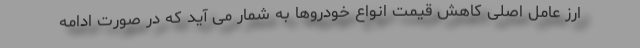
ارز عامل اصلی کاهش قیمت انواع خودروها به شمار می آید که در صورت ادامه